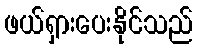
ဖယ်ရှားပေးနိုင်သည်